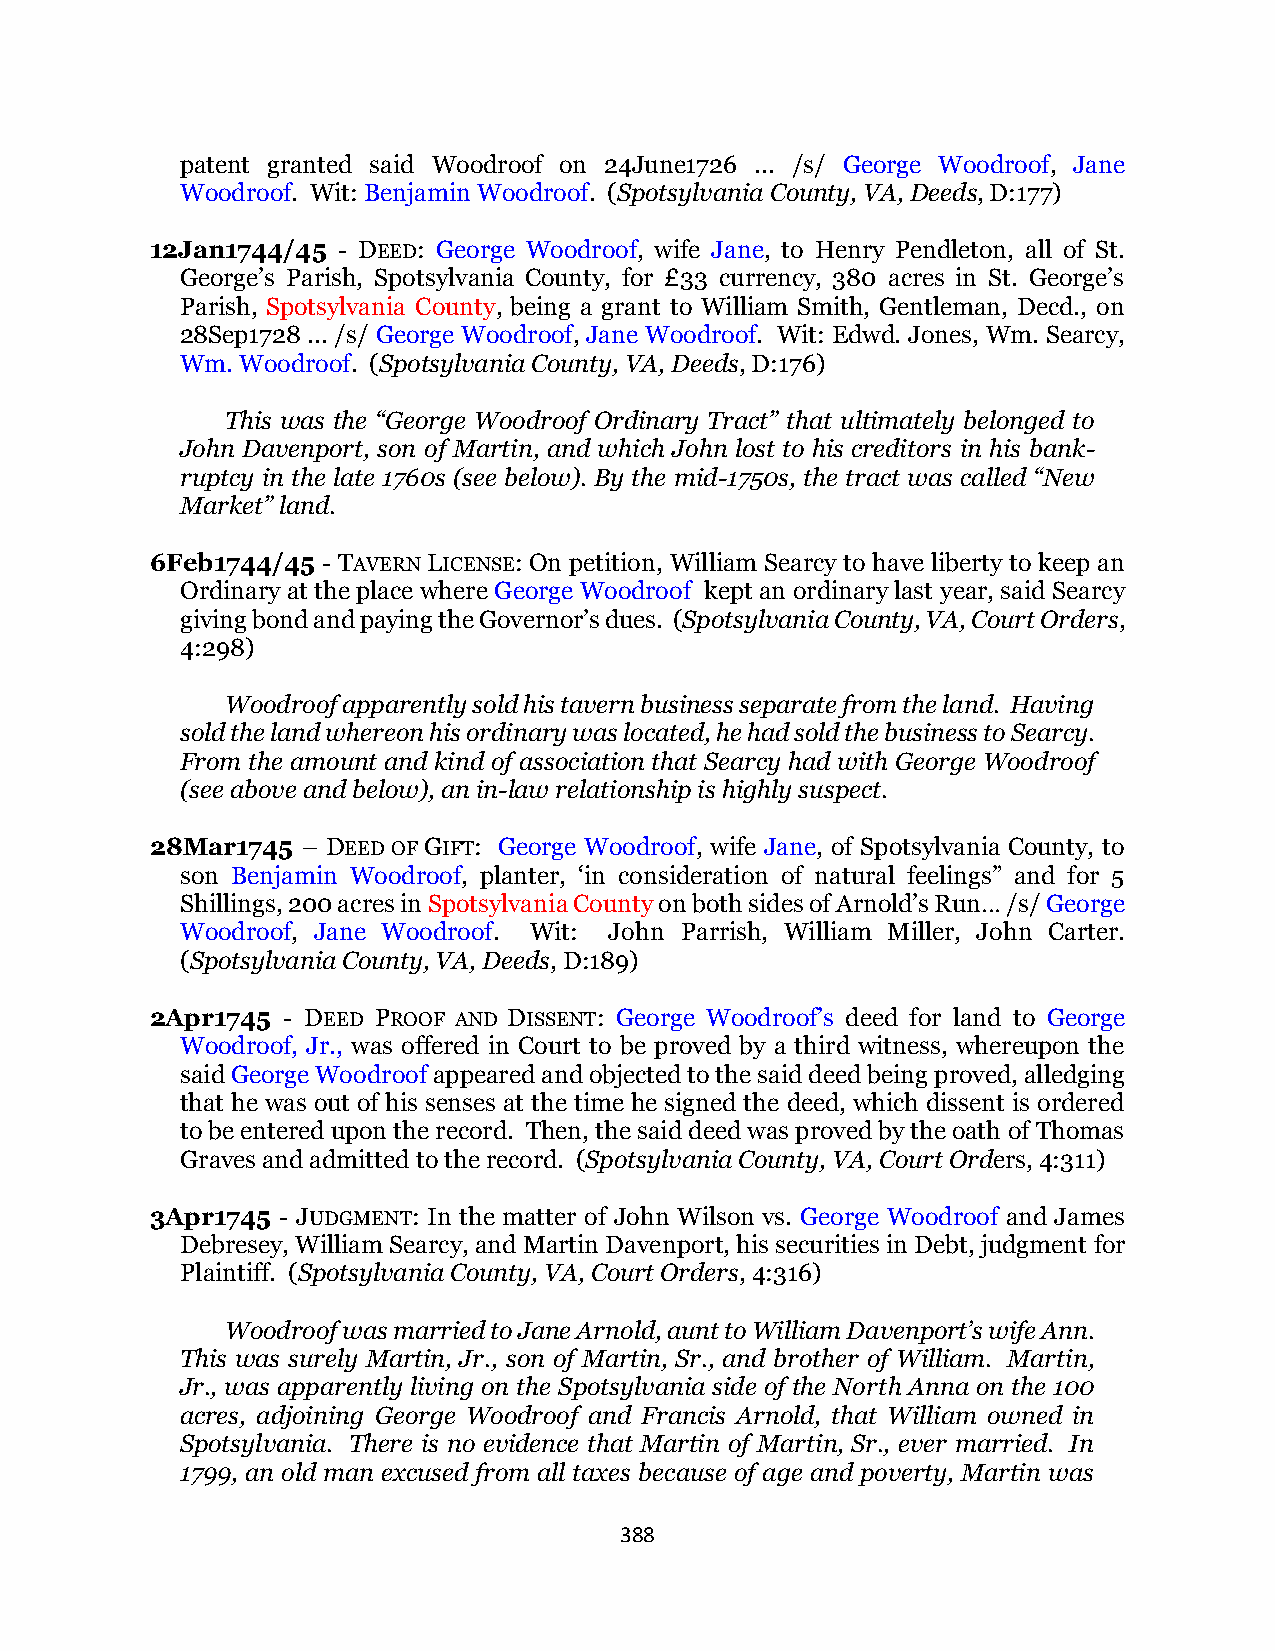
patent granted said Woodroof on 24June1726 ... /s/ George Woodroof, Jane
 Woodroof. Wit: Benjamin Woodroof. (Spotsylvania County, VA, Deeds, D:177)
 12Jan1744/45 - DEED: George Woodroof, wife Jane, to Henry Pendleton, all of St.
 George’s Parish, Spotsylvania County, for £33 currency, 380 acres in St. George’s
 Parish, Spotsylvania County, being a grant to William Smith, Gentleman, Decd., on
 28Sep1728 ... /s/ George Woodroof, Jane Woodroof. Wit: Edwd. Jones, Wm. Searcy,
 Wm. Woodroof. (Spotsylvania County, VA, Deeds, D:176)
 This was the “George Woodroof Ordinary Tract” that ultimately belonged to
 John Davenport, son of Martin, and which John lost to his creditors in his bank-
 ruptcy in the late 1760s (see below). By the mid-1750s, the tract was called “New
 Market” land.
 6Feb1744/45 - TAVERN LICENSE: On petition, William Searcy to have liberty to keep an
 Ordinary at the place where George Woodroof kept an ordinary last year, said Searcy
 giving bond and paying the Governor’s dues. (Spotsylvania County, VA, Court Orders,
 4:298)
 Woodroof apparently sold his tavern business separate from the land. Having
 sold the land whereon his ordinary was located, he had sold the business to Searcy.
 From the amount and kind of association that Searcy had with George Woodroof
 (see above and below), an in-law relationship is highly suspect.
 28Mar1745 – DEED OF GIFT: George Woodroof, wife Jane, of Spotsylvania County, to
 son Benjamin Woodroof, planter, ‘in consideration of natural feelings” and for 5
 Shillings, 200 acres in Spotsylvania County on both sides of Arnold’s Run… /s/ George
 Woodroof, Jane Woodroof. Wit: John Parrish, William Miller, John Carter.
 (Spotsylvania County, VA, Deeds, D:189)
 2Apr1745 - DEED PROOF AND DISSENT: George Woodroof’s deed for land to George
 Woodroof, Jr., was offered in Court to be proved by a third witness, whereupon the
 said George Woodroof appeared and objected to the said deed being proved, alledging
 that he was out of his senses at the time he signed the deed, which dissent is ordered
 to be entered upon the record. Then, the said deed was proved by the oath of Thomas
 Graves and admitted to the record. (Spotsylvania County, VA, Court Orders, 4:311)
 3Apr1745 - JUDGMENT: In the matter of John Wilson vs. George Woodroof and James
 Debresey, William Searcy, and Martin Davenport, his securities in Debt, judgment for
 Plaintiff. (Spotsylvania County, VA, Court Orders, 4:316)
 Woodroof was married to Jane Arnold, aunt to William Davenport’s wife Ann.
 This was surely Martin, Jr., son of Martin, Sr., and brother of William. Martin,
 Jr., was apparently living on the Spotsylvania side of the North Anna on the 100
 acres, adjoining George Woodroof and Francis Arnold, that William owned in
 Spotsylvania. There is no evidence that Martin of Martin, Sr., ever married. In
 1799, an old man excused from all taxes because of age and poverty, Martin was
 388